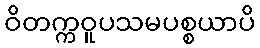
ဝိတက္ကဝူပသမပစ္စယာပိ